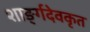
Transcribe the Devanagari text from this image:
शार्ङ्गदेवकृत